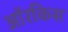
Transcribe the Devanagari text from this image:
ऑरकिस